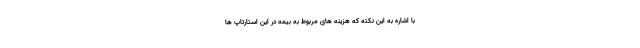
با اشاره به این نکته که هزینه های مربوط به بیمه در این استارتاپ ها